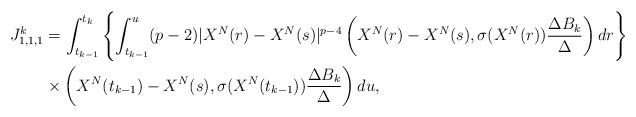
LaTeX: \begin{align*} J^k_{1,1,1}&=\int_{t_{k-1}}^{t_k}\left\{\int_{t_{k-1}}^u(p-2)|X^N(r)-X^N(s)|^{p-4}\left(X^N(r)-X^N(s),\sigma(X^N(r))\frac{\Delta B_k}{\Delta}\right)dr\right\}\\&\times\left(X^N(t_{k-1})-X^N(s), \sigma(X^N(t_{k-1}))\frac{\Delta B_k}{\Delta}\right)du,\end{align*}